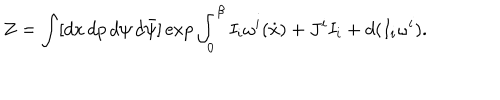
LaTeX: Z = \int [ d x \, d p \, d \psi \, d \bar { \psi } ] \exp \int _ { 0 } ^ { \beta } I _ { i } \omega ^ { i } ( \dot { x } ) + J ^ { i } I _ { i } + d ( I _ { i } \omega ^ { i } ) .